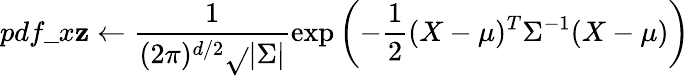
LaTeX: pdf\_ x\mathbf{z}\leftarrow\frac{{1}}{{(2\pi)^{d/2}\sqrt{}{{|\Sigma|}}}}\exp\left(-\frac{{1}}{{2}}(X-\mu)^{T}\Sigma^{-1}(X-\mu)\right)